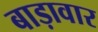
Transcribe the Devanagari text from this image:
बाड़ावार